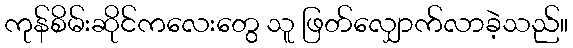
ကုန်စိမ်းဆိုင်ကလေးတွေ သူ ဖြတ်လျှောက်လာခဲ့သည်။